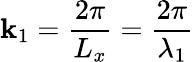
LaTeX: \mathbf{k}_{1}=\frac{{2\pi}}{{L_{x}}}=\frac{{2\pi}}{{\lambda_{1}}}